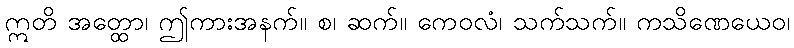
ဣတိ အတ္ထော၊ ဤကားအနက်။ စ၊ ဆက်။ ကေဝလံ၊ သက်သက်။ ကသိဏေယေဝ၊